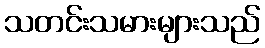
သတင်းသမားများသည်